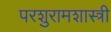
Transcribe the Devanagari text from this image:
परशुरामशास्त्री